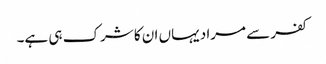
کفر سے مراد یہاں ان کا شرک ہی ہے۔